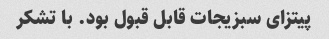
پیتزای سبزیجات قابل قبول بود. با تشکر